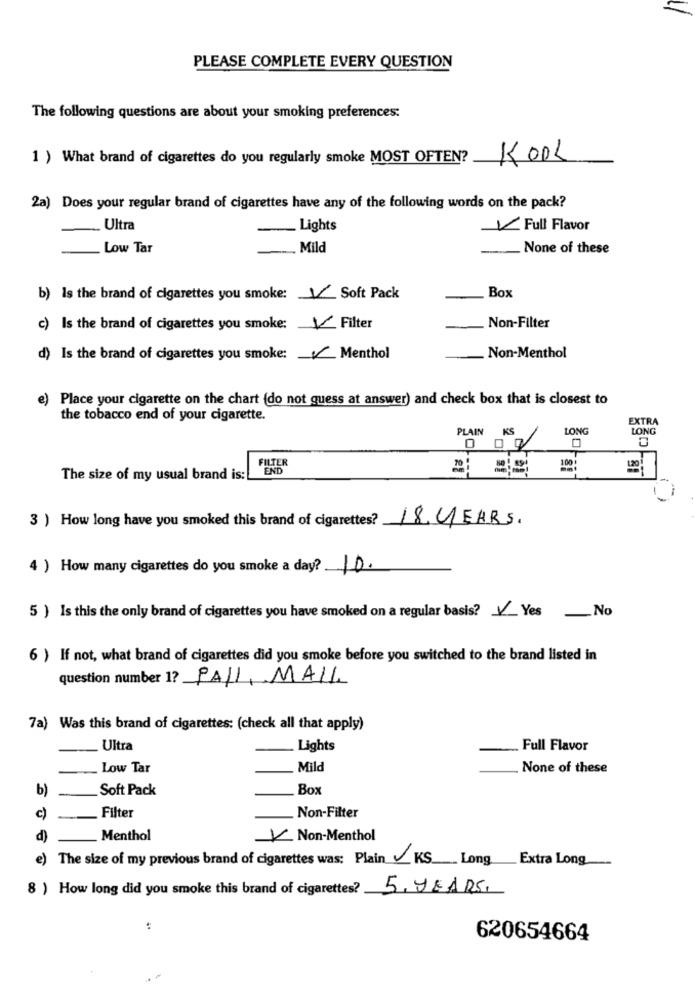
PLEASE COMPLETE EVERY QUESTION
The following questions are about your smoking preferences:
1 ) What brand of cigarettes do you regularly smoke MOST OFTEN?
KOOL
2a) Does your regular brand of cigarettes have any of the following words on the pack?
Ultra
. Lights
V Full Flavor
Low Tar
Mild
None of these
Box
b) Is the brand of cigarettes you smoke: V Soft Pack
c) Is the brand of cigarettes you smoke: V Filter
Non-Filter
d) Is the brand of cigarettes you smoke: / Menthol
Non-Menthol
e) Place your cigarette on the chart (do not guess at answer) and check box that is closest to
the tobacco end of your cigarette.
EXTRA
PLAIN KS
LONG
LONG
FILTER
END
21
100
The size of my usual brand is:
3 ) How long have you smoked this brand of cigarettes?
18. 4EARS.
4 ) How many cigarettes do you smoke a day? 10.
5 ) Is this the only brand of cigarettes you have smoked on a regular basis? V_Yes No
6 ) If not, what brand of cigarettes did you smoke before you switched to the brand listed in
question number 1? PALI, MAIL
7a) Was this brand of cigarettes: (check all that apply)
Ultra
Lights
Full Flavor
Low Tar
Mild
None of these
b)
Soft Pack
Box
c)
._ Filter
Non-Filter
d)
Menthol
V Non-Menthol
e)
The size of my previous brand of cigarettes was: Plain KS Long Extra Long
8 ) How long did you smoke this brand of cigarettes?
5 YEARS.
620654664